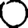
Digit: 0